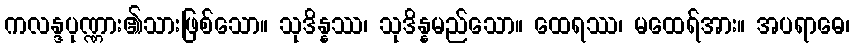
ကလန္ဒပုဏ္ဏား၏သားဖြစ်သော။ သုဒိန္နဿ၊ သုဒိန္နမည်သော။ ထေရဿ၊ မထေရ်အား။ အပရာဓေ၊